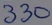
Text: 330